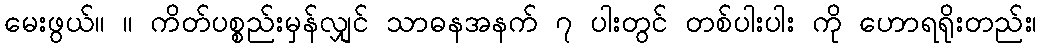
မေးဖွယ်။ ။ ကိတ်ပစ္စည်းမှန်လျှင် သာဓနအနက် ၇ ပါးတွင် တစ်ပါးပါး ကို ဟောရရိုးတည်း၊